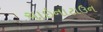
ચાઇનાટાઉન